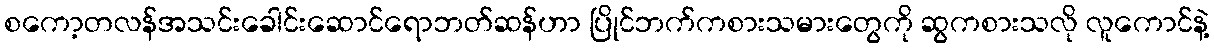
စကော့တလန်အသင်းခေါင်းဆောင်ရောဘတ်ဆန်ဟာ ပြိုင်ဘက်ကစားသမားတွေကို ဆွကစားသလို လူကောင်နဲ့